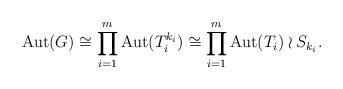
LaTeX: \begin{align*}{\rm Aut}(G) \cong \prod_{i=1}^m {\rm Aut}(T_i^{k_i}) \cong \prod_{i=1}^m {\rm Aut}(T_i) \wr S_{k_i}.\end{align*}